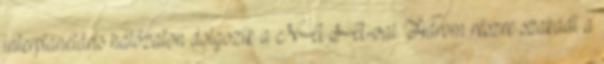
interplanetáris hálózaton dolgozik a NASA-val. Három részre szakadt a